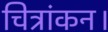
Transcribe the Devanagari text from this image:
चित्रांकन।